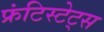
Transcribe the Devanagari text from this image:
फ्रंटिस्टेट्स